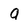
Character: a